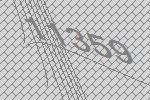
11359